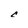
Character: C